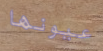
عيونها